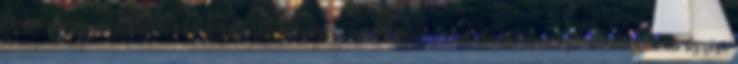
Önkormányzati Hivatal a fenntartó települési önkormányzatok ebrendészeti feladatainak elvégzése